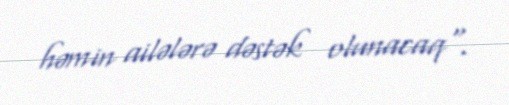
həmin ailələrə dəstək olunacaq".